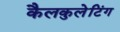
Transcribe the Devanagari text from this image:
कैलकुलेटिंग